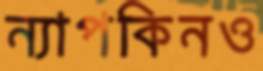
ন্যাপকিনও